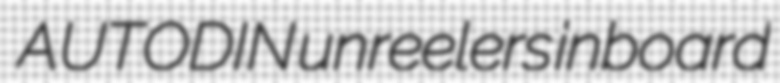
AUTODIN unreelers inboard